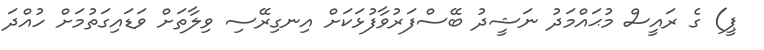
ޕީ) ގެ ރައީސް މުޙައްމަދު ނަޝީދު ބޭސްފަރުވާފުޅަކަށް އިނގިރޭސި ވިލާތަށް ވަޑައިގަތުމަށް ހުއްދަ